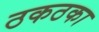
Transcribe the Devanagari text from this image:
ठकठका